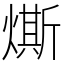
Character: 燍